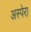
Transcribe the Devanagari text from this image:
अस्पेरा